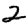
Digit: 2